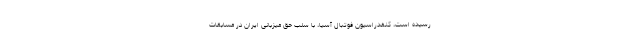
رسیده است، کنفدراسیون فوتبال آسیا، با سلب حق میزبانی ایران در مسابقات